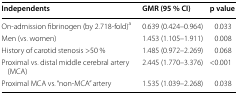
| Independents | GMR (95 % CI) | p value |
 | --- | --- | --- |
 | On-admission fibrinogen (by 2.718-fold)a | 0.639 (0.424–0.964) | 0.033 |
 | Men (vs. women) | 1.453 (1.105–1.911) | 0.008 |
 | History of carotid stenosis >50 % | 1.485 (0.972–2.269) | 0.068 |
 | Proximal vs. distal middle cerebral artery (MCA) | 2.445 (1.770–3.376) | <0.001 |
 | Proximal MCA vs. “non-MCA” artery | 1.535 (1.039–2.268) | 0.038 |